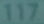
117